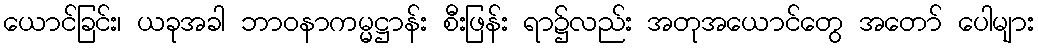
ယောင်ခြင်း၊ ယခုအခါ ဘာဝနာကမ္မဋ္ဌာန်း စီးဖြန်း ရာ၌လည်း အတုအယောင်တွေ အတော် ပေါများ